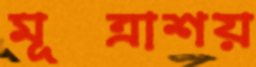
মূত্রাশয়